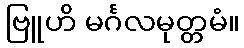
ဗြူဟိ မင်္ဂလမုတ္တမံ။